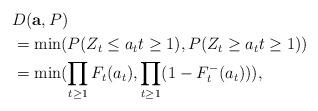
LaTeX: \begin{align*}&D({\bf a}, P)\\&=\min(P(Z_t \le a_t t \ge 1),P(Z_t \ge a_t t \ge 1))\\&=\min(\prod_{t \ge 1} F_{t}(a_t), \prod_{t \ge 1}(1- F_{t}^{-}(a_t))),\end{align*}